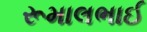
રૂમાલભાઈ